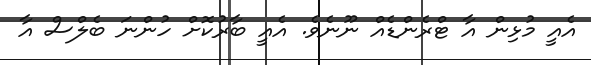
އެއީ މުޅިން އާ ޓްރެންޑެއް ނޫނެވެ. އެއީ ބާރުކޮށް ހުންނަ ބެލްސް އާ